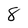
Character: 8